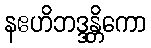
နဧဟိဘဒ္ဒန္တိကော